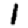
Digit: 1